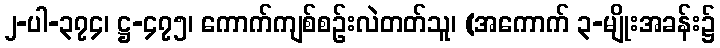
၂-ပါ-၃၇၄၊ ဋ္ဌ-၄၇၅၊ ကောက်ကျစ်စဉ်းလဲတတ်သူ၊ (အကောက် ၃-မျိုးအခန်း၌